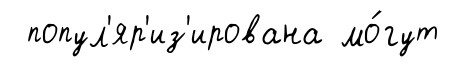
попул'яр'из'ирована мо́гут